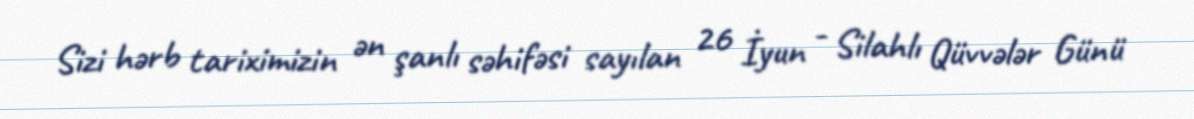
Sizi hərb tariximizin ən şanlı səhifəsi sayılan 26 İyun - Silahlı Qüvvələr Günü